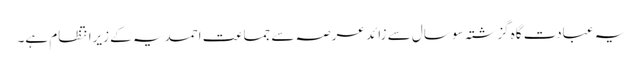
یہ عبادت گاہ گزشتہ سو سال سے زائد عرصہ سے جماعت احمدیہ کے زیرانتظام ہے۔